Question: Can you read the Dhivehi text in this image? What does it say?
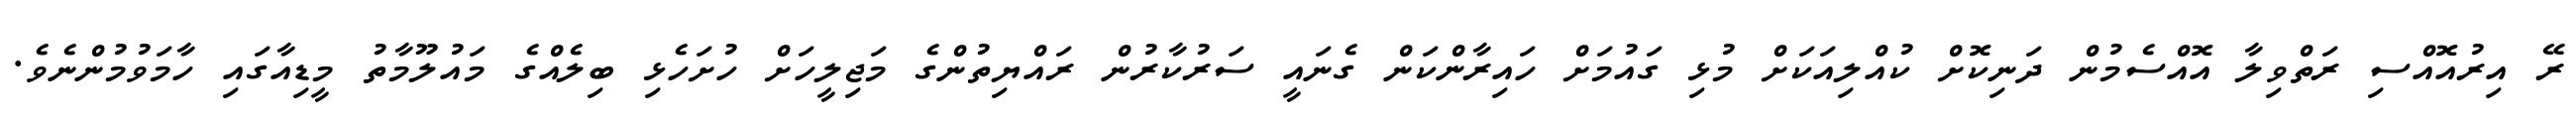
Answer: ރޭ އިރުއޮއްސި ރަތްވިލާ އޮއްސެމުން ދަނިކޮށް ކުއްލިއަކަށް މުޅި ގައުމަށް ހައިރާންކަން ގެނައީ ސަރުކާރުން ރައްޔިތުންގެ މަޖިލީހަށް ހުށަހެޅި ބިލެއްގެ މައުލޫމާތު މީޑިއާގައި ހާމަވުމުންނެވެ.